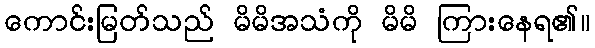
ကောင်းမြတ်သည် မိမိအသံကို မိမိ ကြားနေရ၏။